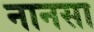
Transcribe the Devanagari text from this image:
नानसा